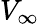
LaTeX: V_{\infty}